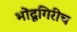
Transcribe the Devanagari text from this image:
भोंदूगिरीच